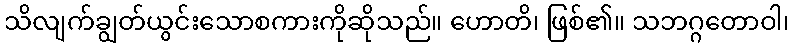
သိလျက်ချွတ်ယွင်းသောစကားကိုဆိုသည်။ ဟောတိ၊ ဖြစ်၏။ သဘဂ္ဂတောဝါ၊